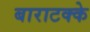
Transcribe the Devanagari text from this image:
बाराटक्के